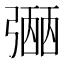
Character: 𢐡